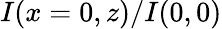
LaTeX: I(x=0,z)/I(0,0)